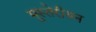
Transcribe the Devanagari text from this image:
मूस्तेरीयन